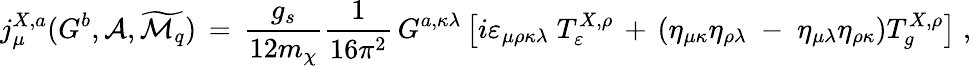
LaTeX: j_{\mu}^{X,a}(G^{b},{\cal{A}},\widetilde{{\cal{M}}_{q}})\, =\, \frac{g_{s}}{12m_{\chi}}\frac{1}{16\pi^{2}}\, G^{a,\kappa\lambda}\left[i\varepsilon_{\mu\rho\kappa\lambda}\; T_{\varepsilon}^{X,\rho}\, +\, \left(\eta_{\mu\kappa}\eta_{\rho\lambda}\; -\; \eta_{\mu\lambda}\eta_{\rho\kappa}\right)T_{g}^{X,\rho}\right]\; ,